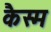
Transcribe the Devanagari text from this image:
कैस्म